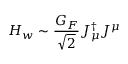
{ \cal H } _ { w } \sim { \frac { G _ { F } } { \sqrt { 2 } } } { \cal J } _ { \mu } ^ { \dagger } { \cal J } ^ { \mu }